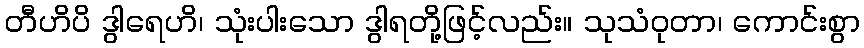
တီဟိပိ ဒွါရေဟိ၊ သုံးပါးသော ဒွါရတို့ဖြင့်လည်း။ သုသံဝုတာ၊ ကောင်းစွာ